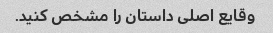
وقایع اصلی داستان را مشخص کنید.